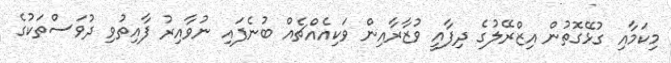
މިކަމާއި ގުޅޭގޮތުން އިޒްރޭލުގެ ދިފާއީ ވުޒާރާއިން ވަކިއެއްޗެއް ބުނެފައި ނުވާއިރު ފާއިތުވި ދުވަސްތަކުގެ